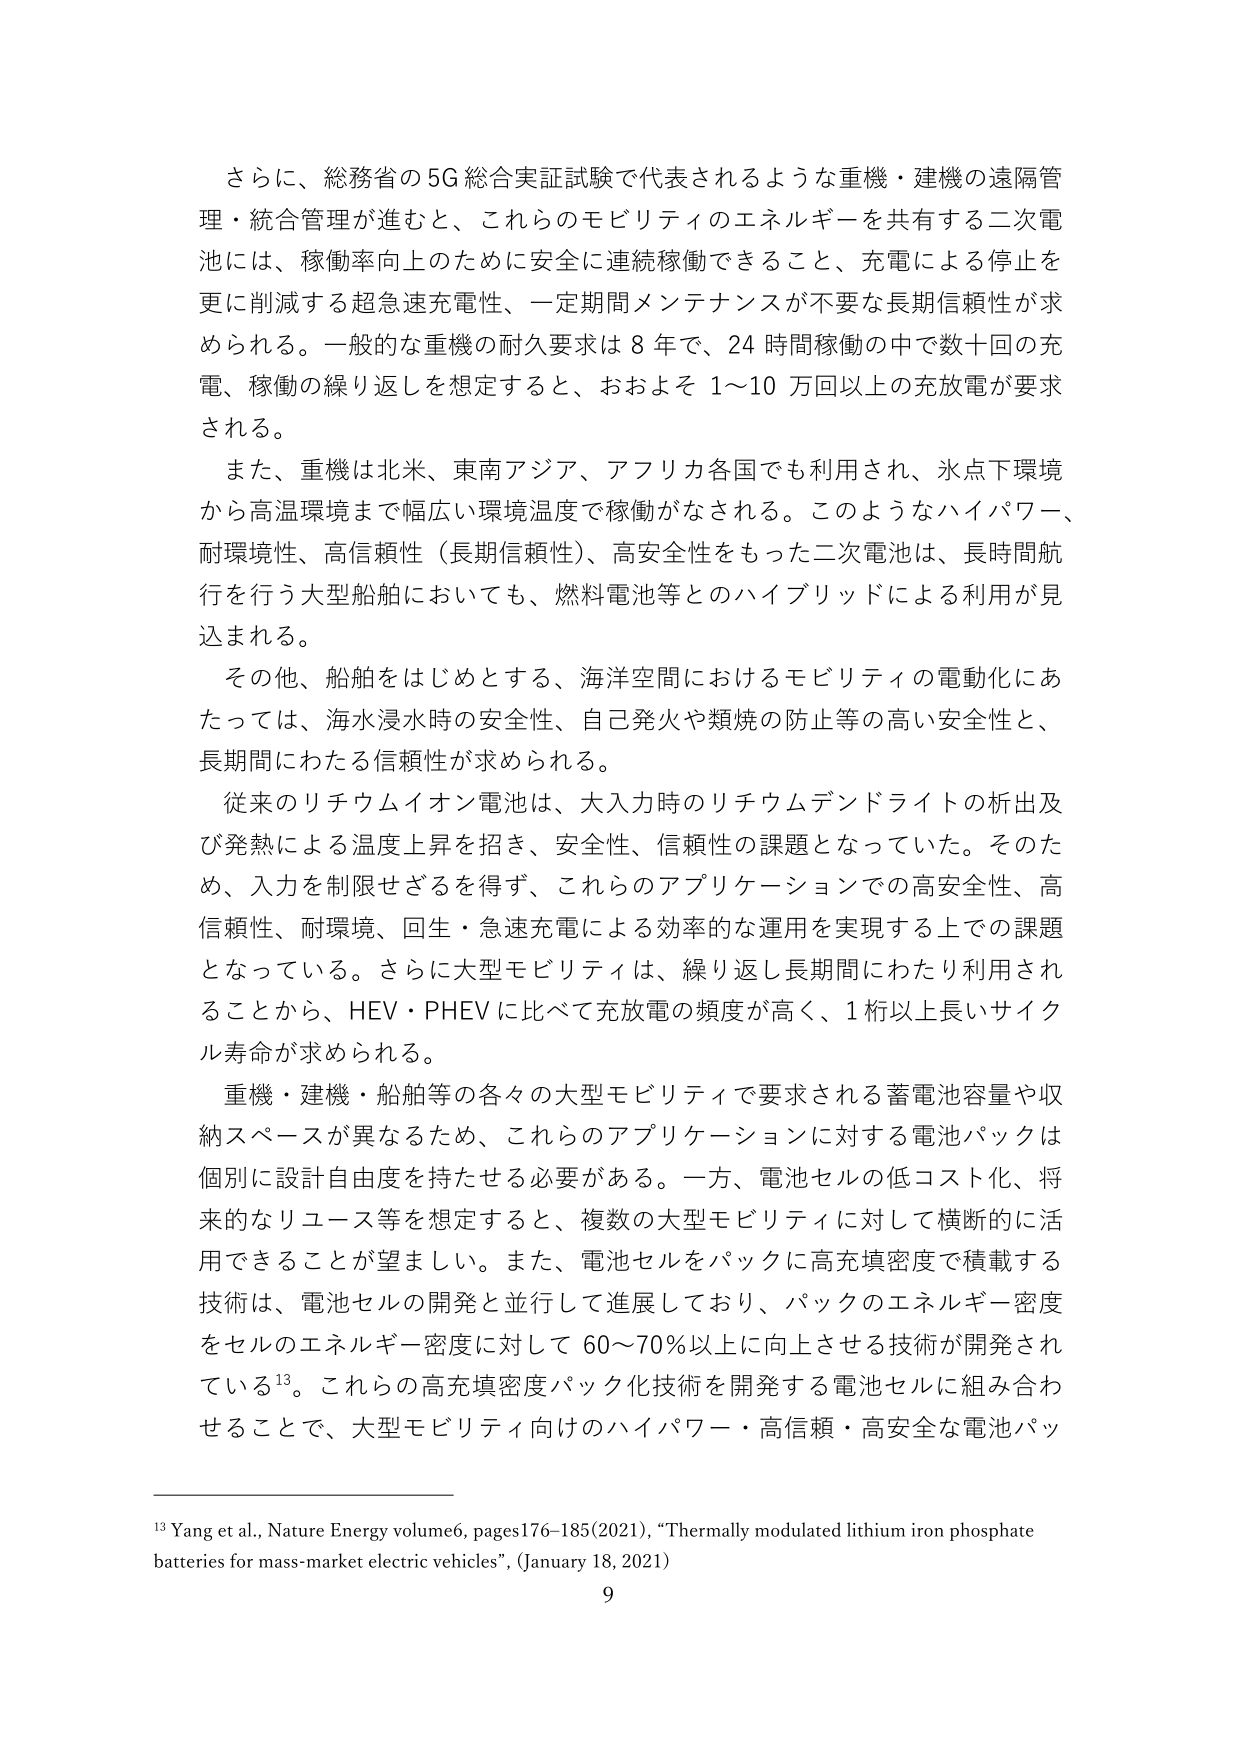
さらに、総務省の5G 総合実証試験で代表されるような重機・建機の遠隔管理・統合管理が進むと、これらのモビリティのエネルギーを共有する二次電池には、稼働率向上のために安全に連続稼働できること、充電による停止を更に削減する超急速充電性、一定期間メンテナンスが不要な長期信頼性が求められる。一般的な重機の耐久要求は8年で、24時間稼働の中で数十回の充電、稼働の繰り返しを想定すると、おおよそ1～10万回以上の充放電が要求される。

また、重機は北米、東南アジア、アフリカ各国でも利用され、氷点下環境から高温環境まで幅広い環境温度で稼働がなされる。このようなハイパワー、耐環境性、高信頼性（長期信頼性）、高安全性をもった二次電池は、長時間航行を行う大型船舶においても、燃料電池等とのハイブリッドによる利用が見込まれる。

その他、船舶をはじめとする、海洋空間におけるモビリティの電動化にあたっては、海水浸水時の安全性、自己発火や類焼の防止等の高い安全性と、長期間にわたる信頼性が求められる。

従来のリチウムイオン電池は、大入力時のリチウムデンドライトの析出及び発熱による温度上昇を招き、安全性、信頼性の課題となっていた。そのため、入力を制限せざるを得ず、これらのアプリケーションでの高安全性、高信頼性、耐環境、回生・急速充電による効率的な運用を実現する上での課題となっている。さらに大型モビリティは、繰り返し長期間にわたり利用されることから、HEV・PHEVに比べて充放電の頻度が高く、1桁以上長いサイクル寿命が求められる。

重機・建機・船舶等の各々の大型モビリティで要求される蓄電池容量や収納スペースが異なるため、これらのアプリケーションに対する電池パックは個別に設計自由度を持たせる必要がある。一方、電池セルの低コスト化、将来的なリユース等を想定すると、複数の大型モビリティに対して横断的に活用できることが望ましい。また、電池セルをパックに高充填密度で積載する技術は、電池セルの開発と並行して進展しており、パックのエネルギー密度をセルのエネルギー密度に対して60～70％以上に向上させる技術が開発されている¹³。これらの高充填密度パック化技術を開発する電池セルに組み合わせることで、大型モビリティ向けのハイパワー・高信頼・高安全な電池パッ

¹³ Yang et al., Nature Energy volume6, pages176-185(2021), “Thermally modulated lithium iron phosphate batteries for mass-market electric vehicles”, (January 18, 2021)

9